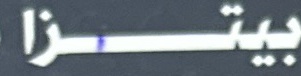
بيتزا